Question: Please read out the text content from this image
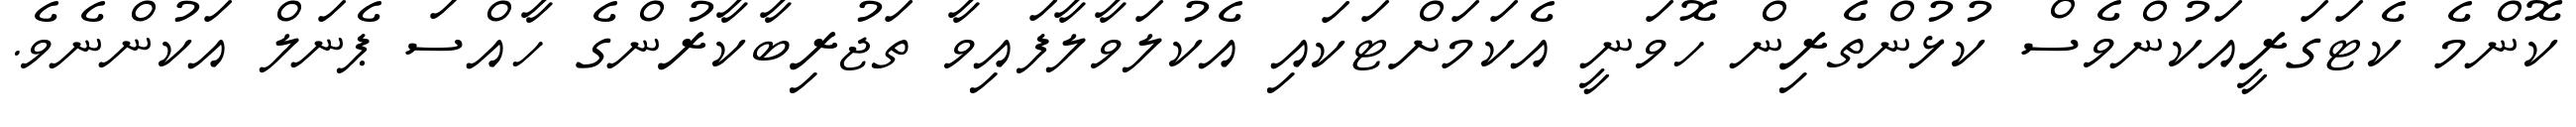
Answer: ކޮންމެ ކެޓަގަރީއަކުންވެސް ކުޅުންތެރިން ހޮވަނީ އެކަމަށްޓަކައި އެކުލަވާލާފައިވާ ތަޖުރިބާކާރުންގެ ހާއްސަ ޕެނަލް އަކުންނެވެ.